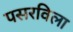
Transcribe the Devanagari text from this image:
पसरविला